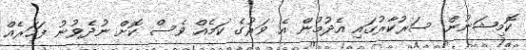
ކޮމިޝަނުން ސަރުކާރުގައި އެދުމުން އެ ވަރުގެ ކަމެއް ވެސް ކޮށް ނުދެވުނު ފަހަރެއް